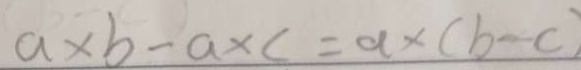
a \times b - a \times c = a \times ( b - c )